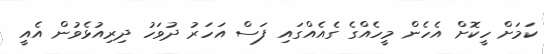
ކަމަށް ހީކޮށް އެހެން މީހެއްގެ ގެއެއްގައި ފަސް އަހަރު ދުވަހު ދިރިއުޅެވުން އެއީ